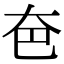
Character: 夿